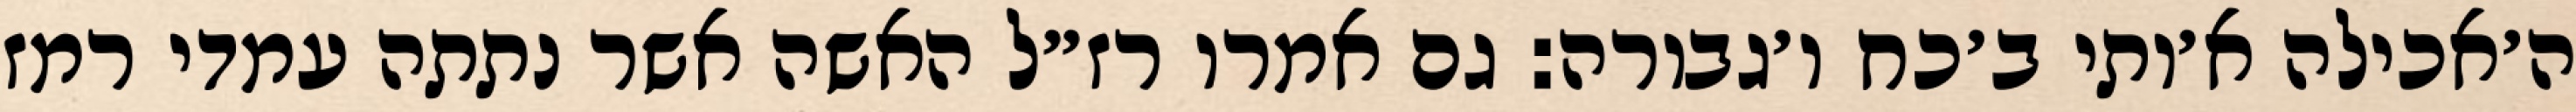
ה׳אכילה א׳ותי ב׳כח ו׳גבורה: גם אמרו רז״ל האשה אשר נתתה עמדי רמז